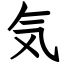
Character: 気